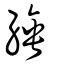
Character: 綞